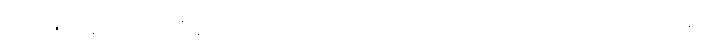
ဘရာဇီးလ်နဲ့ အာဂျင်တီးနားအသင်းတို့ ယှဉ်ပြိုင် ကစားကြမယ့် ကိုပါအမေရိကဗိုလ်လုပွဲနဲ့